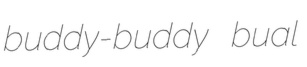
buddy-buddy bual